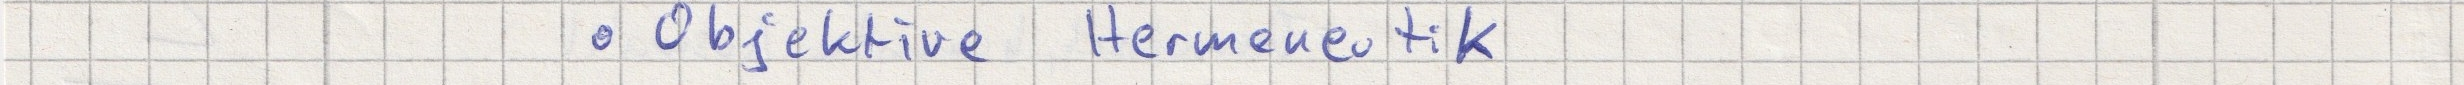
- Objektive Hermeneutik